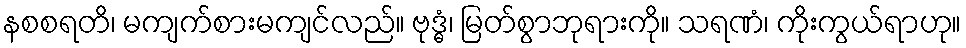
နစစရတိ၊ မကျက်စားမကျင်လည်။ ဗုဒ္ဓံ၊ မြတ်စွာဘုရားကို။ သရဏံ၊ ကိုးကွယ်ရာဟု။